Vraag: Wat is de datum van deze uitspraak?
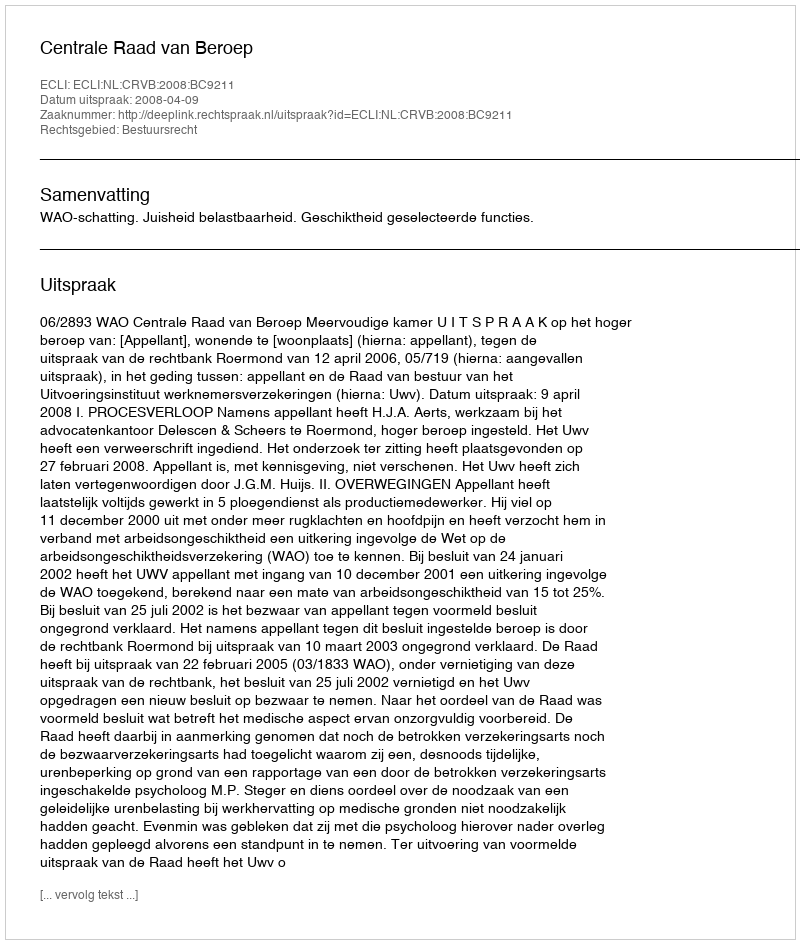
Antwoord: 2008-04-09